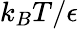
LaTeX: k_{B}T/\epsilon